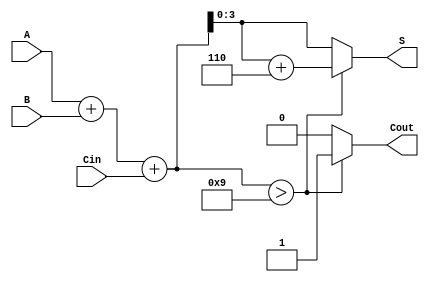
module BCD_Hybrid_Adder (
    input [3:0] A,      // First BCD input
    input [3:0] B,      // Second BCD input
    input Cin,          // Carry-in
    output reg [3:0] S, // BCD sum output
    output reg Cout     // Carry-out
);

    wire [4:0] Temp;    // Temporary sum (5 bits to accommodate carry)
    
    // Step 1: Binary addition of A, B, and Cin
    assign Temp = A + B + Cin;

    // Step 2: BCD correction logic
    always @(*) begin
        if (Temp > 9) begin
            S = Temp + 6; // Adjust for BCD correction
            Cout = 1;     // Set carry-out
        end else begin
            S = Temp;     // No adjustment needed
            Cout = 0;     // No carry-out
        end
    end

endmodule